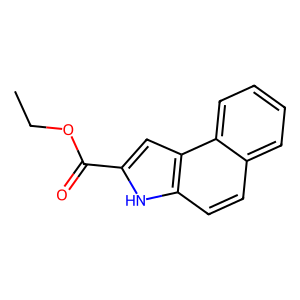
SMILES: CCOC(=O)c1cc2c(ccc3ccccc32)[nH]1
Inhibits HIV replication: No